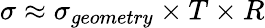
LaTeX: \sigma\approx\sigma_{geometry}\times T\times R